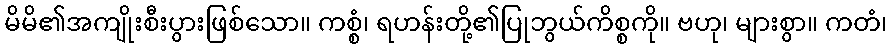
မိမိ၏အကျိုးစီးပွားဖြစ်သော။ ကစ္စံ၊ ရဟန်းတို့၏ပြုဘွယ်ကိစ္စကို။ ဗဟု၊ များစွာ။ ကတံ၊